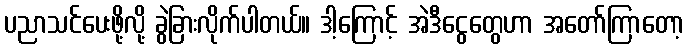
ပညာသင်ပေးဖို့လို့ ခွဲခြားလိုက်ပါတယ်။ ဒါ့ကြောင့် အဲဒီငွေတွေဟာ အတော်ကြာတော့